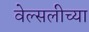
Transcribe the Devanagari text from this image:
वेल्सलीच्या